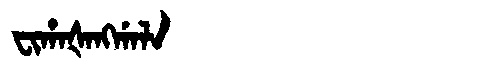
Manchu: ᠸᡳᡥᠠᡧᠠᠩᡤᠠᠯᠠ
Romanization: FIHAŠANGGALA